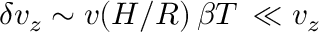
\delta v _ { z } \sim v ( H / R ) \, \beta T \, \ll v _ { z }